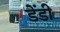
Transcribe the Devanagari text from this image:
डेंडी